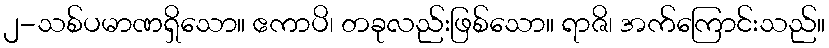
၂-သစ်ပမာဏရှိသော။ ဧကာပိ၊ တခုလည်းဖြစ်သော။ ရာဇိ၊ အက်ကြောင်းသည်။